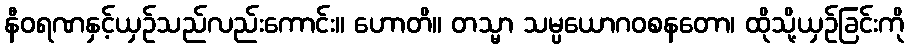
နီဝရဏနှင့်ယှဉ်သည်လည်းကောင်း။ ဟောတိ။ တသ္မာ သမ္ပယောဂဝစနတော၊ ထိုသို့ယှဉ်ခြင်းကို